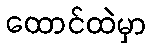
ထောင်ထဲမှာ